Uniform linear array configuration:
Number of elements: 32
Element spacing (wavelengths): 1
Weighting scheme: hamming
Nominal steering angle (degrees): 30
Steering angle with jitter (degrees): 29.899
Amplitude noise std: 0.05
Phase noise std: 0.05

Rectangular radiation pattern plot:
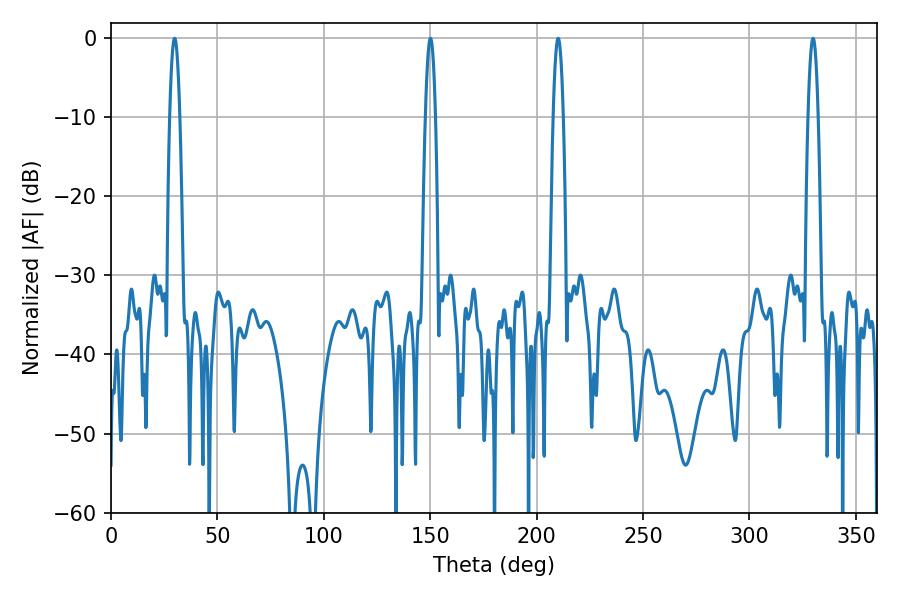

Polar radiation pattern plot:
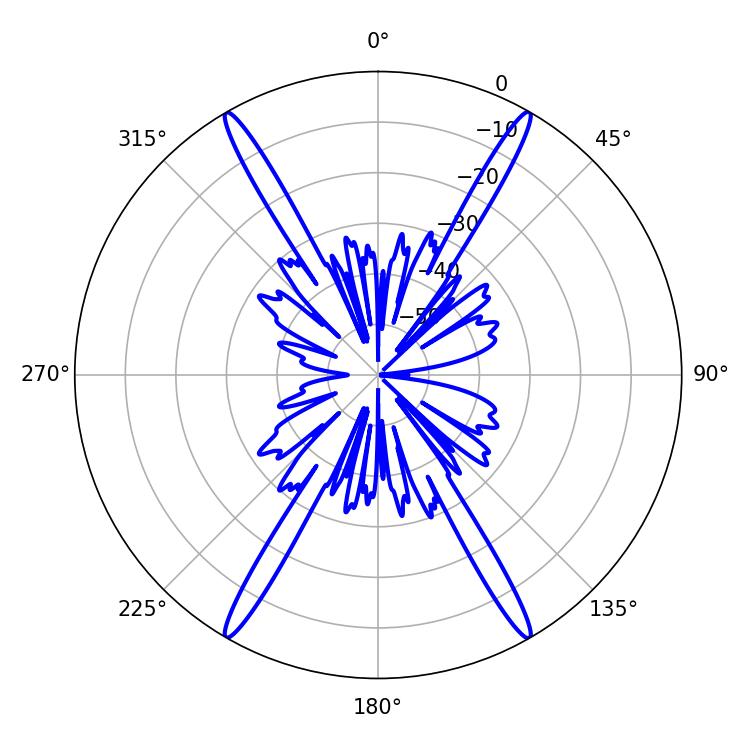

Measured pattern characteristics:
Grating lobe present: TRUE
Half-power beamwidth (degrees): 2.52
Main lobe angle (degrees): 150.12